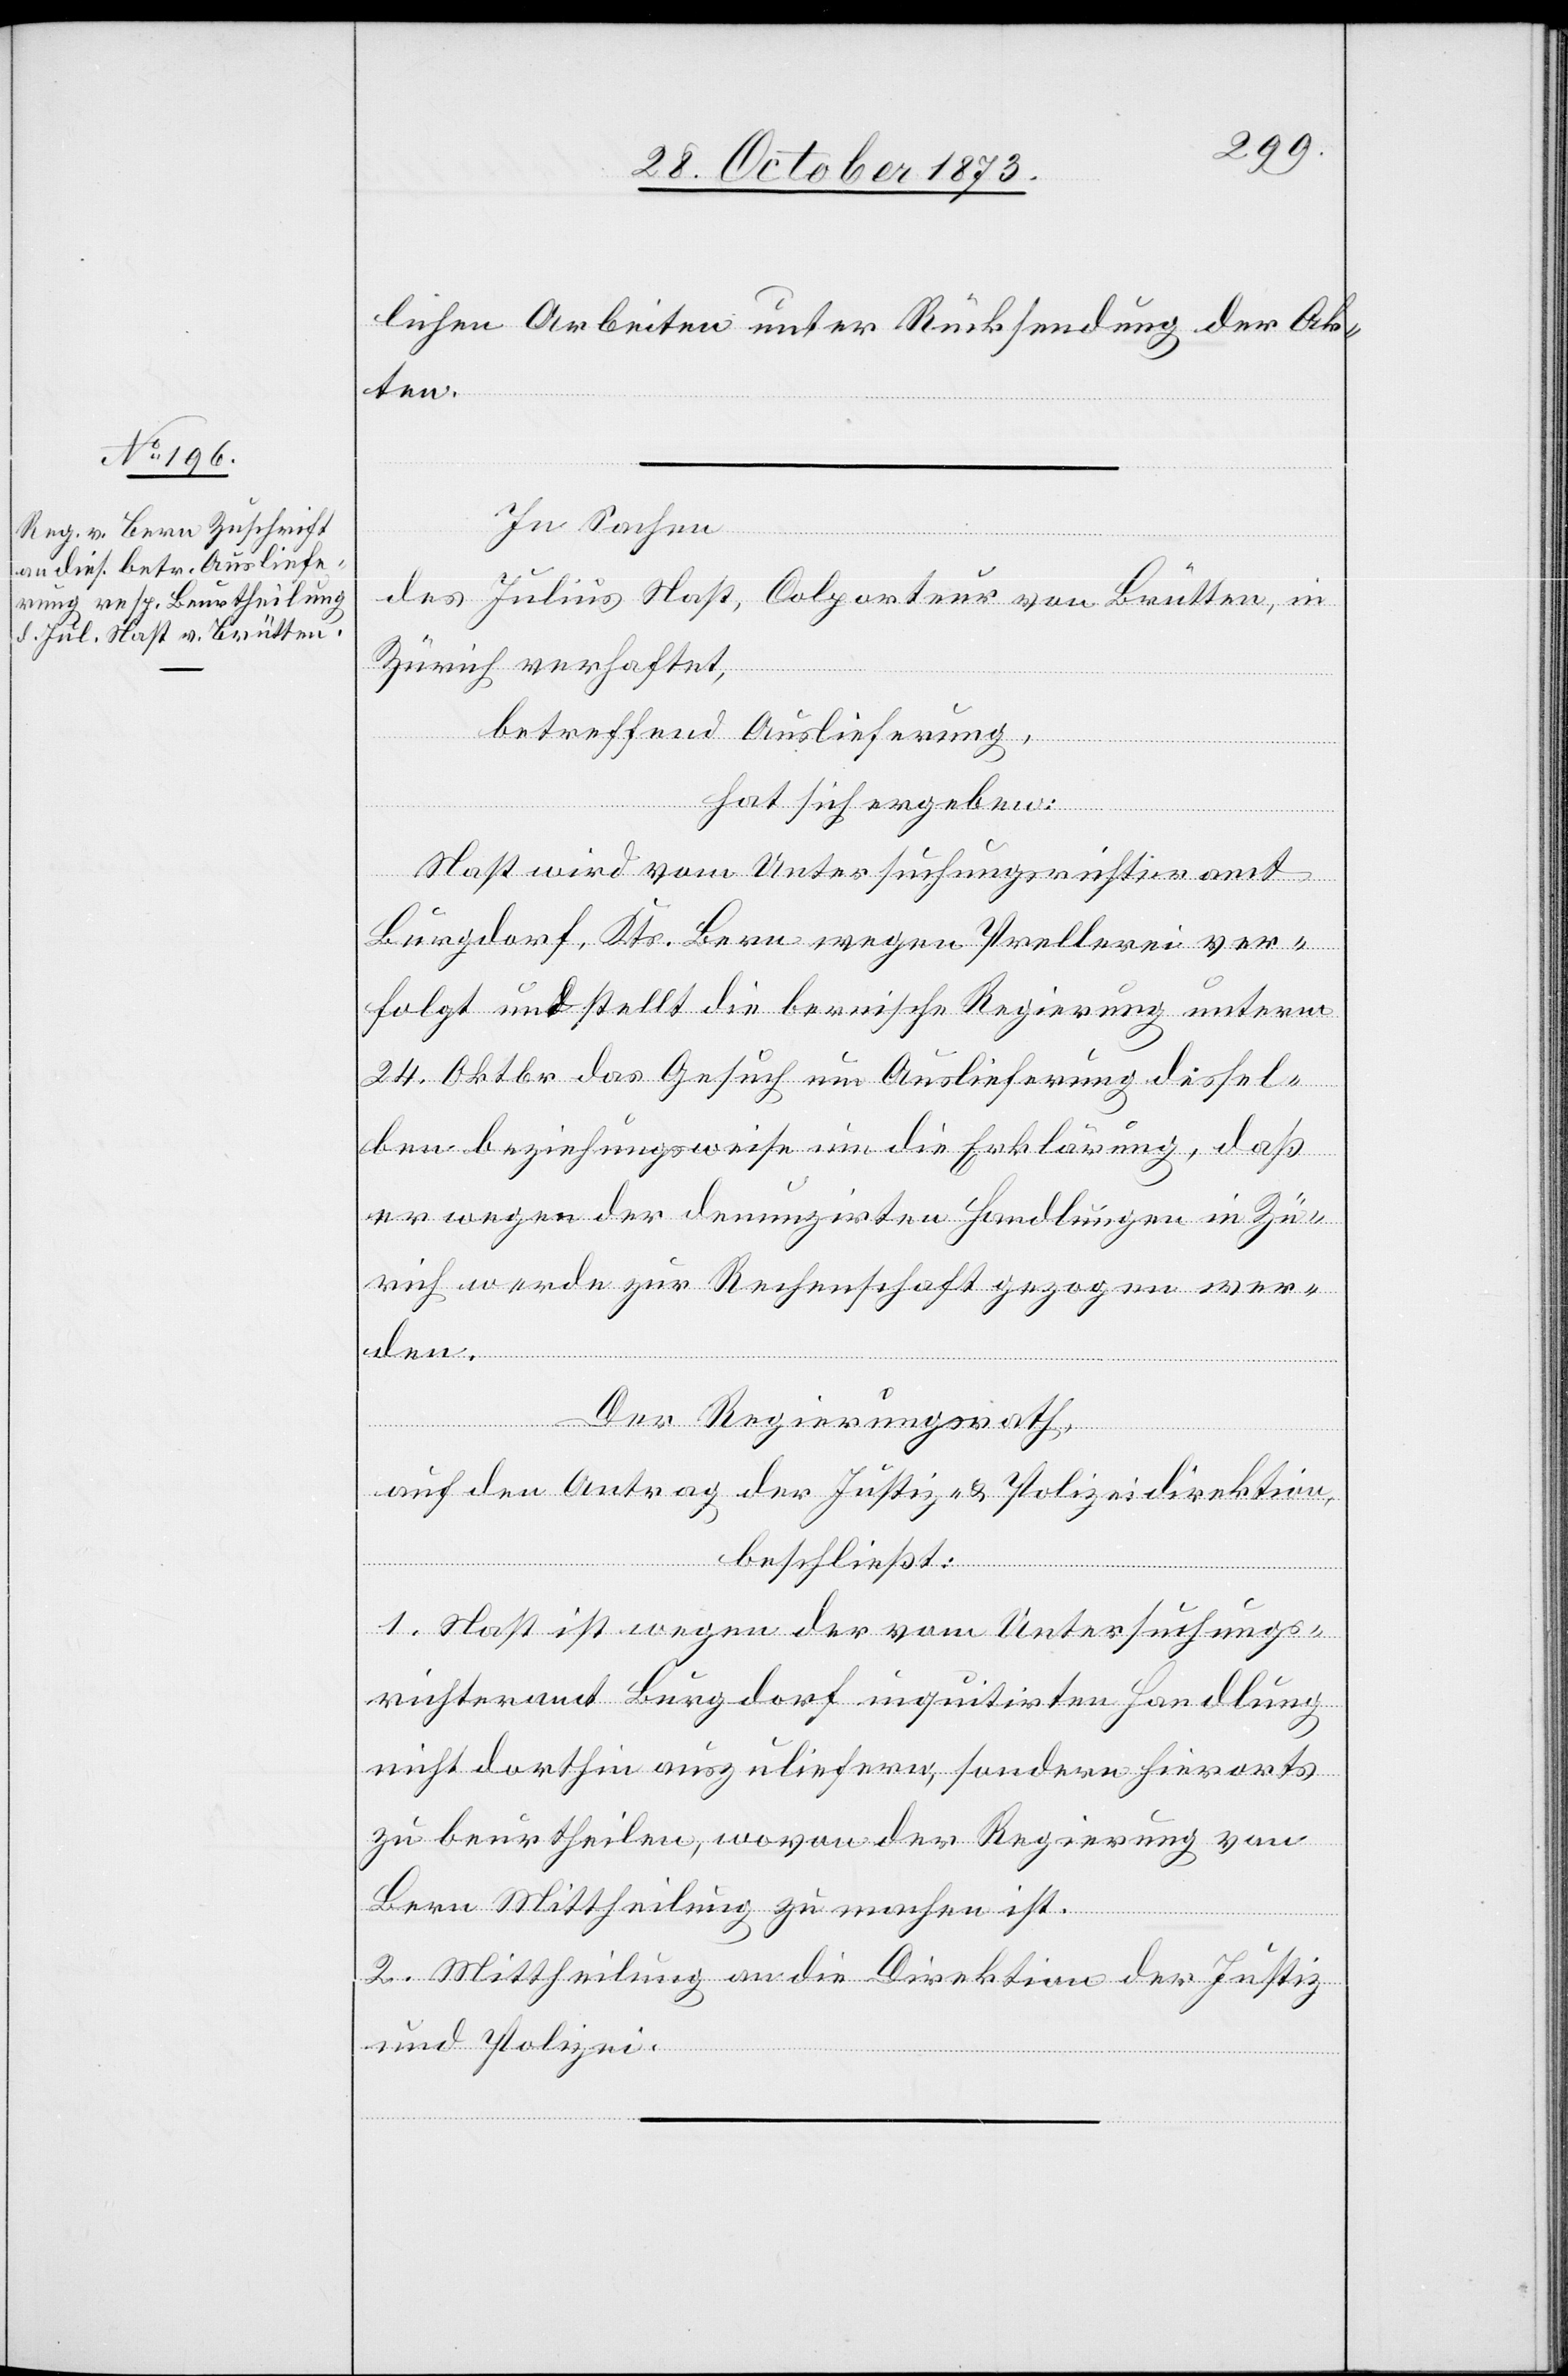
lichen Arbeiten unter Rücksendung der Ak¬
ten.
In Sachen
des Julius Nast, Colporteur von Brütten, in
Zürich verhaftet,
betreffend Auslieferung,
hat sich ergeben:
Nast wird vom Untersuchungsrichteramt
Burgdorf, Kts. Bern wegen Prellerei ver¬
folgt und stellt die bernische Regierung unterm
24. Oktbr. das Gesuch um Auslieferung dessel¬
ben beziehungsweise um die Erklärung, daß
er wegen der denunzirten Handlungen in Zü¬
rich werde zur Rechenschaft gezogen wer¬
den.
Der Regierungsrath,
auf den Antrag der Justiz- & Polizeidirektion,
beschließt:
1. Nast ist wegen der vom Untersuchungs¬
richteramt Burgdorf inquitirten Handlung
nicht dorthin auszuliefern, sondern hierorts
zu beurtheilen, wovon der Regierung von
Bern Mittheilung zu machen ist.
2. Mittheilung an die Direktion der Justiz
und Polizei.